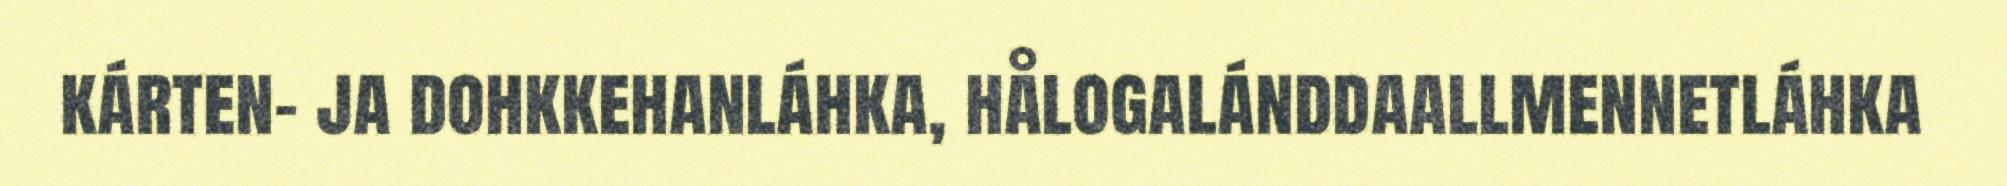
kárten- ja dohkkehanláhka, hålogalánddaallmennetláhka